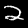
Label: 2